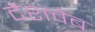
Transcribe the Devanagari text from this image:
देशवेब